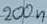
Text: 200n